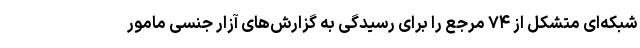
شبکه‌ای متشکل از ۷۴ مرجع را برای رسیدگی به گزارش‌های آزار جنسی مامور